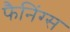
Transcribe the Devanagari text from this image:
फैनिंग्स